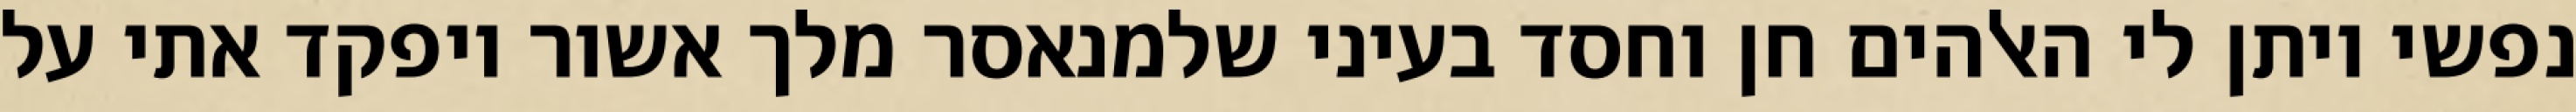
נפשי ויתן לי האלהים חן וחסד בעיני שלמנאסר מלך אשור ויפקד אתי על